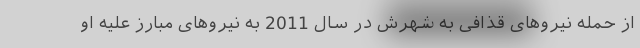
از حمله نیروهای قذافی به شهرش در سال 2011 به نیروهای مبارز علیه او